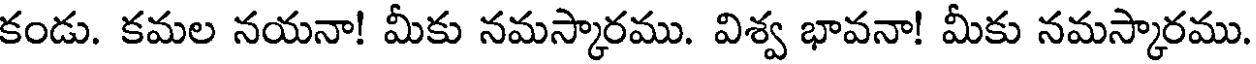
కండు. కమల నయనా! మీకు నమస్కారము. విశ్వ భావనా! మీకు నమస్కారము.